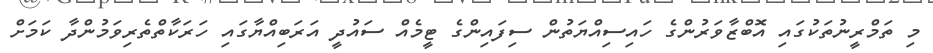
މި ތަމްރީނުތަކުގައި އޮބްޒާވަރުންގެ ހައިސިއްޔަތުން ސިފައިންގެ ޓީމެއް ސައުދީ އަރަބިއްޔާގައި ހަރަކާތްތެރިވަމުންދާ ކަމަށް